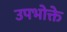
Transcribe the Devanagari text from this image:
उपभोक्ते